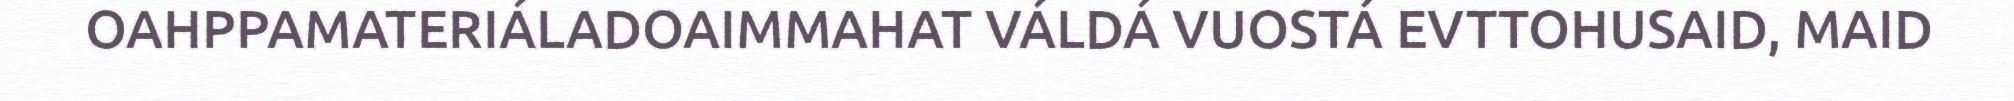
OAHPPAMATERIÁLADOAIMMAHAT VÁLDÁ VUOSTÁ EVTTOHUSAID, MAID